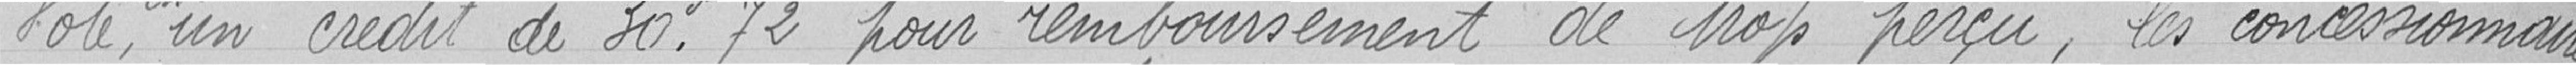
Vote, un crédit de 30. 72 francs pour remboursement de trop perçu, les concessionnaires